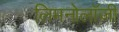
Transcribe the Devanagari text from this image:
लिमनोलॉजी